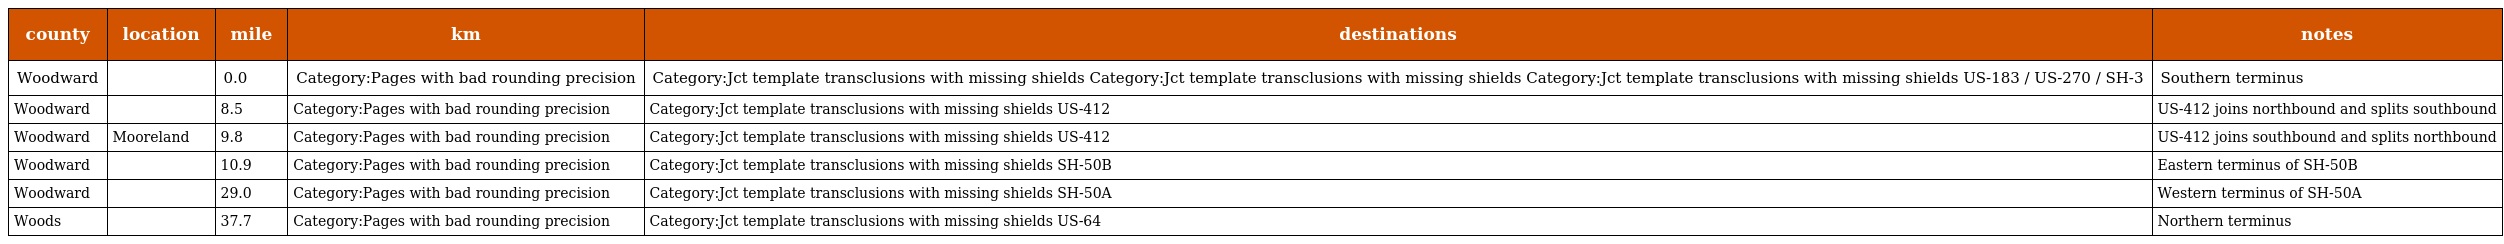
| county | location | mile | km | destinations | notes |
 | --- | --- | --- | --- | --- | --- |
 | Woodward |  | 0.0 | Category:Pages with bad rounding precision | Category:Jct template transclusions with missing shields Category:Jct template transclusions with missing shields Category:Jct template transclusions with missing shields US-183 / US-270 / SH-3 | Southern terminus |
 | Woodward |  | 8.5 | Category:Pages with bad rounding precision | Category:Jct template transclusions with missing shields US-412 | US-412 joins northbound and splits southbound |
 | Woodward | Mooreland | 9.8 | Category:Pages with bad rounding precision | Category:Jct template transclusions with missing shields US-412 | US-412 joins southbound and splits northbound |
 | Woodward |  | 10.9 | Category:Pages with bad rounding precision | Category:Jct template transclusions with missing shields SH-50B | Eastern terminus of SH-50B |
 | Woodward |  | 29.0 | Category:Pages with bad rounding precision | Category:Jct template transclusions with missing shields SH-50A | Western terminus of SH-50A |
 | Woods |  | 37.7 | Category:Pages with bad rounding precision | Category:Jct template transclusions with missing shields US-64 | Northern terminus |